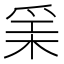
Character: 𱬻